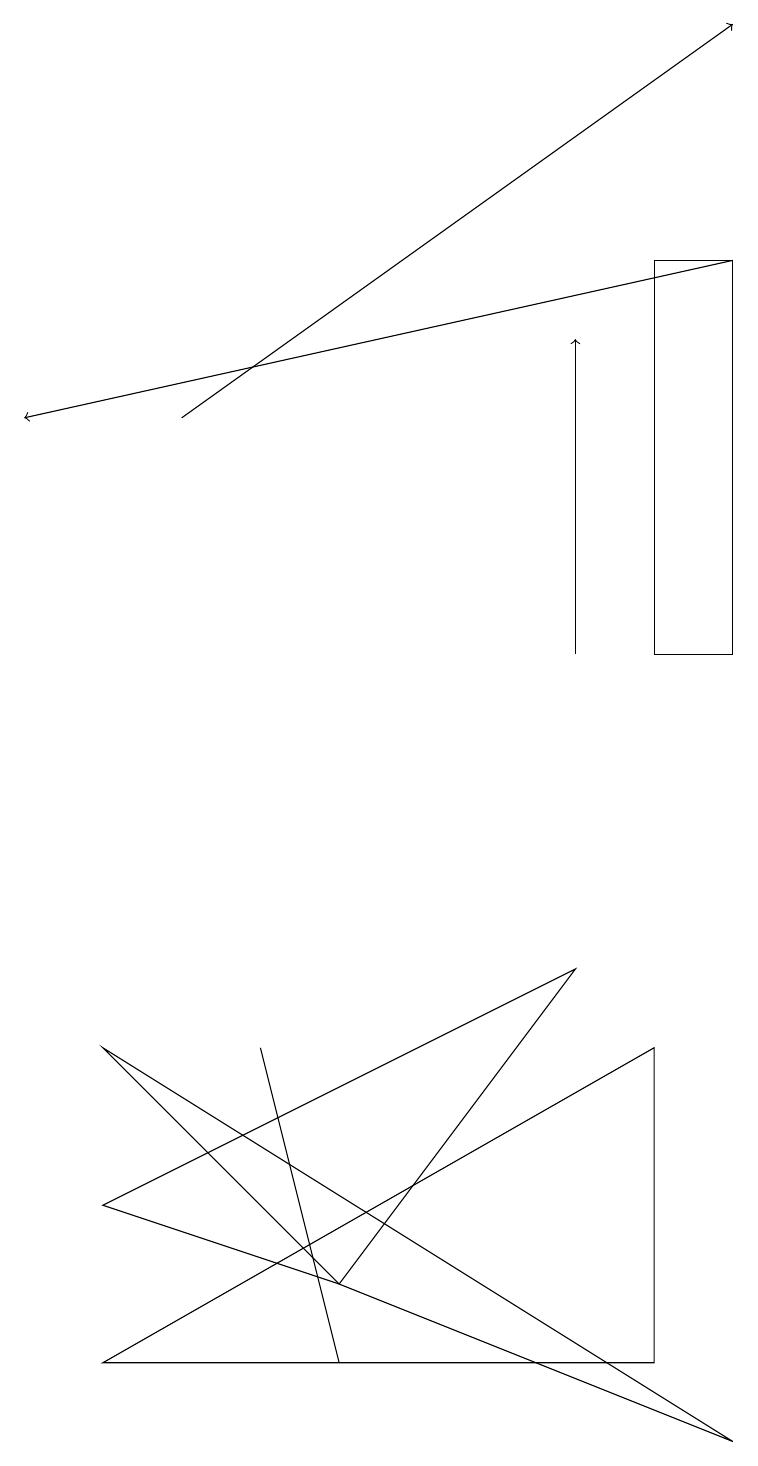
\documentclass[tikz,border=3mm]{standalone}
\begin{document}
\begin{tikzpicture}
\draw (4,3) -- (7,7) -- (1,4) -- cycle;
\draw[->] (7,11) -- (7,15);
\draw (4,2) -- (4,2) -- (3,6) -- cycle;
\draw (9,1) -- (1,6) -- (4,3) -- cycle;
\draw[->] (2,14) -- (9,19);
\draw (9,16) rectangle (8,11);
\draw[->] (9,16) -- (0,14);
\draw (1,2) -- (8,6) -- (8,2) -- cycle;
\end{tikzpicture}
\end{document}